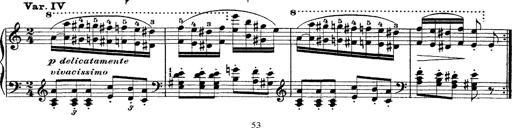
Title: Ã‰tudes d'exÃ©cution transcendante d'aprÃ¨s Paganini
Composer: Franz Liszt